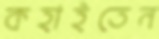
কহাইতেন